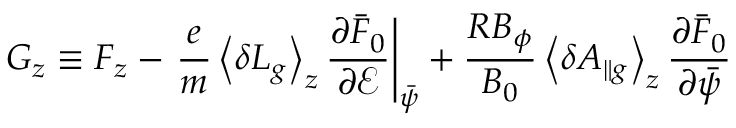
G _ { z } \equiv F _ { z } - \left. \frac { e } { m } \left\langle \delta L _ { g } \right\rangle _ { z } \frac { \partial \bar { F } _ { 0 } } { \partial \mathcal { E } } \right| _ { \bar { \psi } } + \frac { R B _ { \phi } } { B _ { 0 } } \left\langle \delta A _ { \| g } \right\rangle _ { z } \frac { \partial \bar { F } _ { 0 } } { \partial \bar { \psi } }